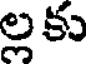
ల్లకు